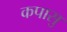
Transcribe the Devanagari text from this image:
कपासु